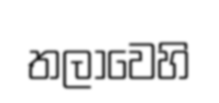
තලාවෙහි